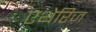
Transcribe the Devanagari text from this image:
एथेरिज